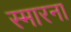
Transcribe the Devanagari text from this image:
स्मारना